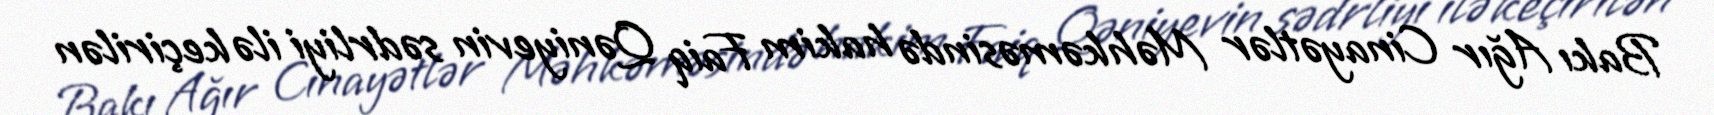
Bakı Ağır Cinayətlər Məhkəməsində hakim Faiq Qəniyevin sədrliyi ilə keçirilən